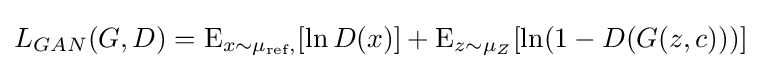
L_{GAN}(G,D)=\operatorname {E} _{x\sim \mu _{\text{ref}},}[\ln D(x)]+\operatorname {E} _{z\sim \mu _{Z}}[\ln(1-D(G(z,c)))]